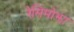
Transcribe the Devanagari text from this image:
रेसिमोझा